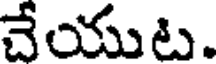
చేయుట.